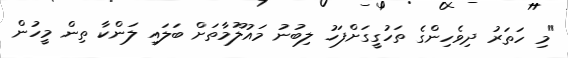
"މި ހަތަރު ދިވެހިންގެ ތަހުގީގަށްފަހު ލިބުނު މައުލޫމާތަށް ބަލައި ލަންކާ ތިން މީހުން